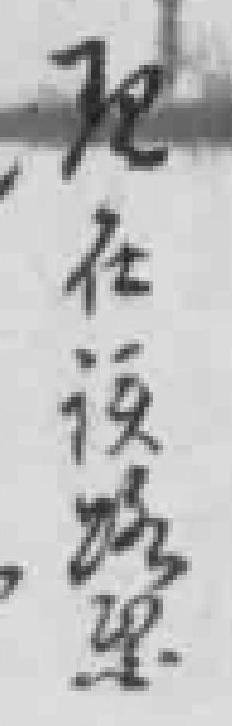
现在该路醫